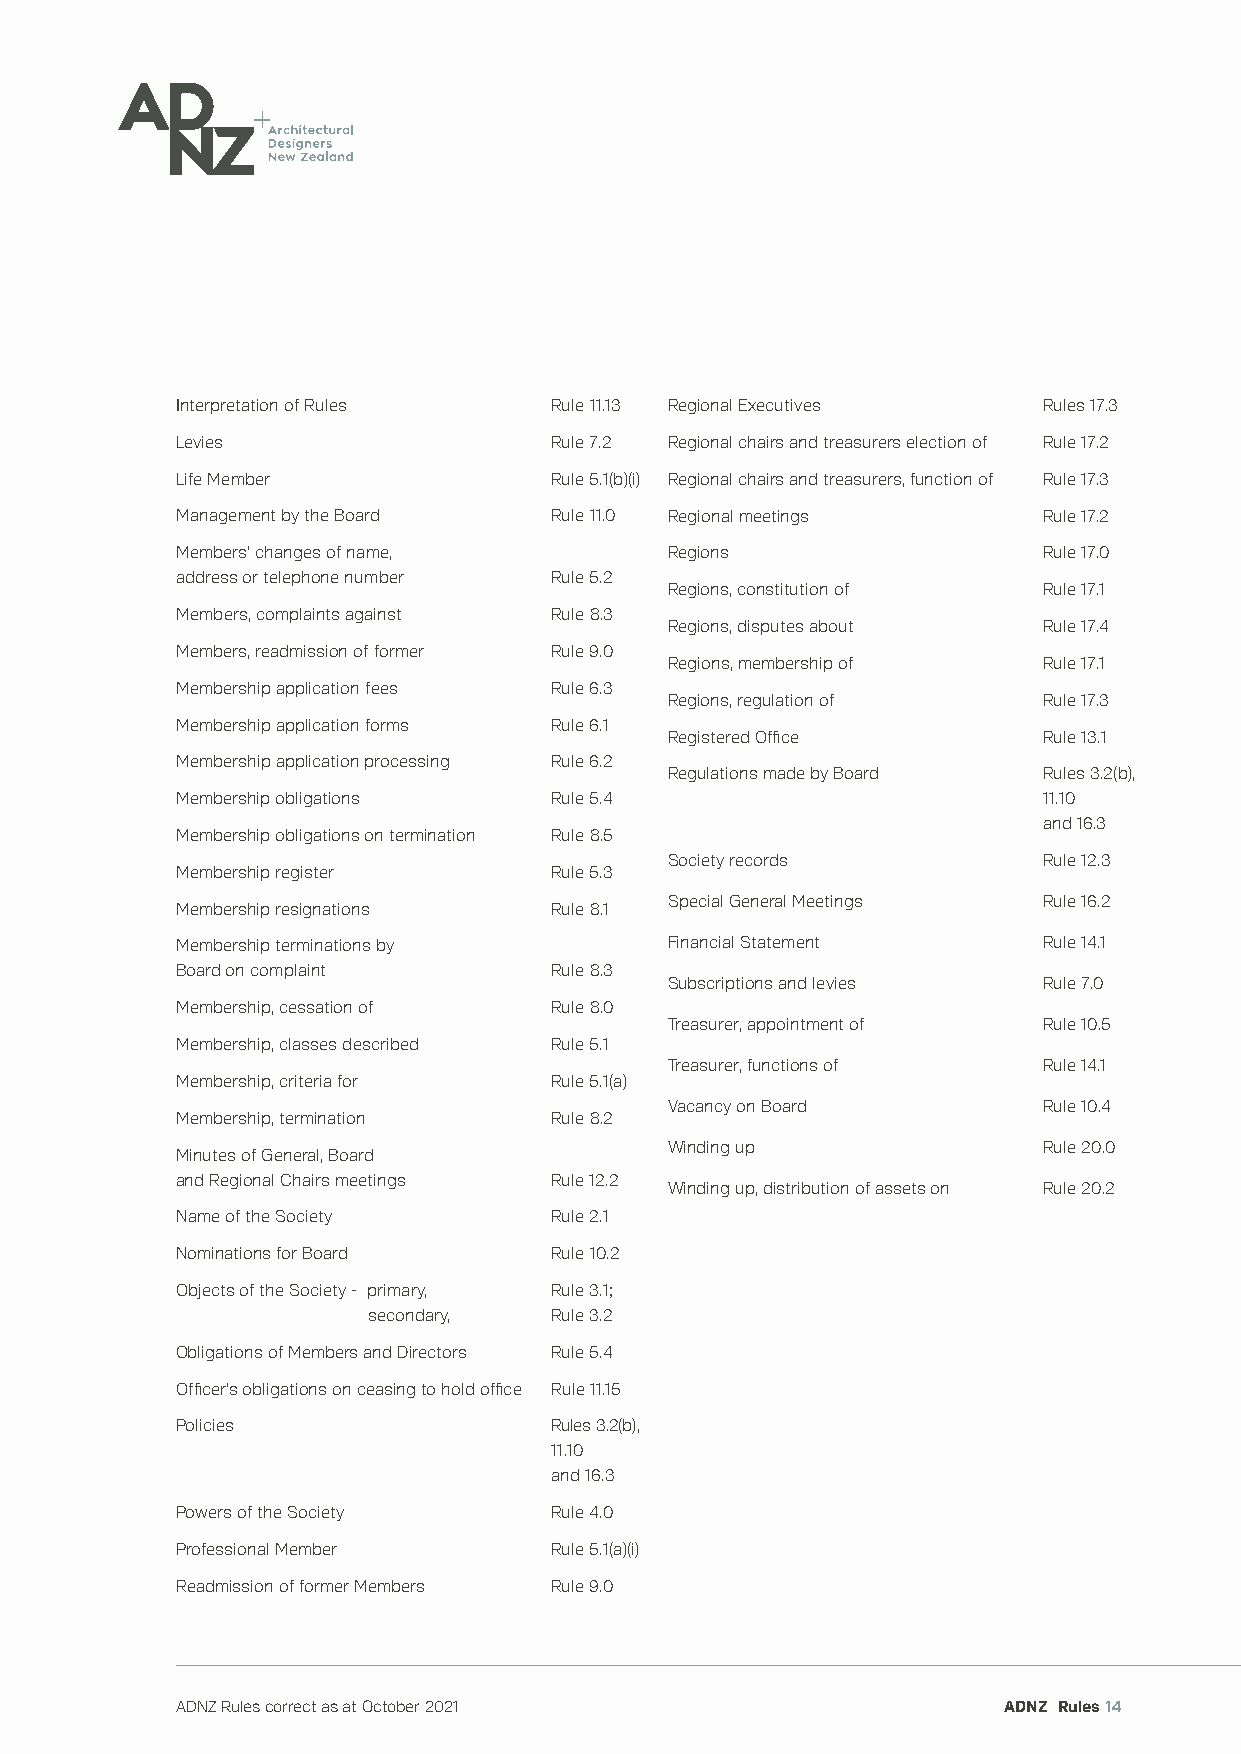
Interpretation of Rules Rule 11.13 Regional Executives   Rules 17.3
 Levies                  Rule 7.2 Regional chairs and treasurers election of Rule 17.2
 Life Member             Rule 5.1(b)(i) Regional chairs and treasurers, function of Rule 17.3
 Management by the Board Rule 11.0 Regional meetings      Rule 17.2
 Members’ changes of name,       Regions                  Rule 17.0
 address or telephone number Rule 5.2
 Regions, constitution of Rule 17.1
 Members, complaints against Rule 8.3
 Regions, disputes about  Rule 17.4
 Members, readmission of former Rule 9.0
 Regions, membership of   Rule 17.1
 Membership application fees Rule 6.3
 Regions, regulation of   Rule 17.3
 Membership application forms Rule 6.1
 Registered Office        Rule 13.1
 Membership application processing Rule 6.2
 Regulations made by Board Rules 3.2(b),
 Membership obligations  Rule 5.4                         11.10
 and 16.3
 Membership obligations on termination Rule 8.5
 Society records          Rule 12.3
 Membership register     Rule 5.3
 Special General Meetings Rule 16.2
 Membership resignations Rule 8.1
 Membership terminations by      Financial Statement      Rule 14.1
 Board on complaint      Rule 8.3
 Subscriptions and levies Rule 7.0
 Membership, cessation of Rule 8.0
 Treasurer, appointment of Rule 10.5
 Membership, classes described Rule 5.1
 Treasurer, functions of  Rule 14.1
 Membership, criteria for Rule 5.1(a)
 Vacancy on Board         Rule 10.4
 Membership, termination Rule 8.2
 Winding up               Rule 20.0
 Minutes of General, Board
 and Regional Chairs meetings Rule 12.2
 Winding up, distribution of assets on Rule 20.2
 Name of the Society     Rule 2.1
 Nominations for Board   Rule 10.2
 Objects of the Society - primary, Rule 3.1;
 secondary,  Rule 3.2
 Obligations of Members and Directors Rule 5.4
 Officer’s obligations on ceasing to hold office Rule 11.15
 Policies                Rules 3.2(b),
 11.10
 and 16.3
 Powers of the Society   Rule 4.0
 Professional Member     Rule 5.1(a)(i)
 Readmission of former Members Rule 9.0
 ADNZ Rules correct as at October 2021                 ADNZ Rules 14